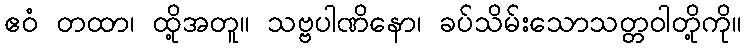
ဧဝံ တထာ၊ ထို့အတူ။ သဗ္ဗပါဏိနော၊ ခပ်သိမ်းသောသတ္တဝါတို့ကို။